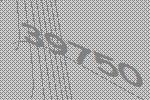
39750